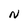
Character: N